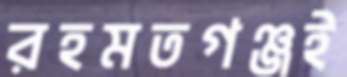
রহমতগঞ্জই